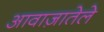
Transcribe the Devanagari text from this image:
आवाज़ातेले